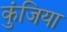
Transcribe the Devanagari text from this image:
कुंजिया